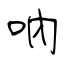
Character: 吶